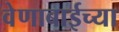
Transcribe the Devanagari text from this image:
वेणाबाईच्या